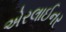
એરલાઈનર